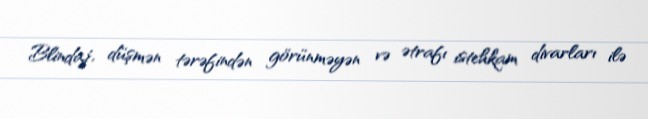
Blindaj, düşmən tərəfindən görünməyən və ətrafı istehkam divarları ilə